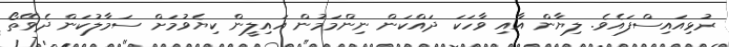
ރުޅިއައިސްފައެވެ. ލިޔާން އާއި ވާހަކަ ދައްކަން ނިންމަމުން އައިލީން ކިޔެވުމަށް ސަމާލުކަން ދެވޭތޯ